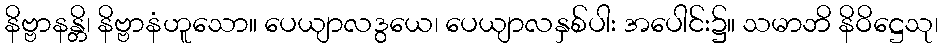
နိဗ္ဗာနန္တိ၊ နိဗ္ဗာနံဟူသော။ ပေယျာလဒွယေ၊ ပေယျာလနှစ်ပါး အပေါင်း၌။ သမာဘိ နိဝိဋ္ဌေသု၊